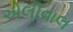
એલીવાલ